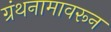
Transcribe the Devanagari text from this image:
ग्रंथनामावरून